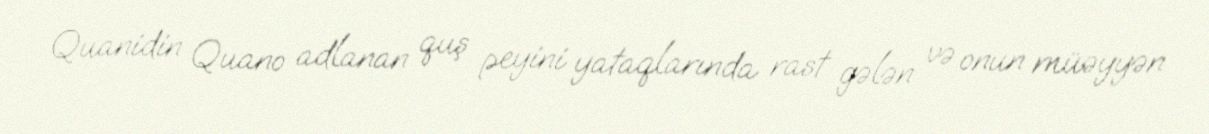
Quanidin Quano adlanan quş peyini yataqlarında rast gələn və onun müəyyən